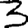
Digit: 3